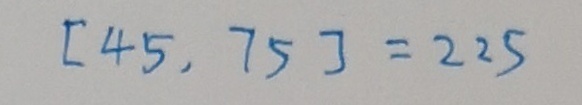
[ 4 5 , 7 5 ] = 2 2 5